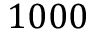
1 0 0 0